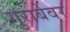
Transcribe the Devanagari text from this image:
गुराबेवर